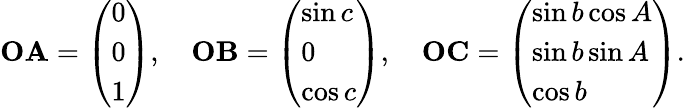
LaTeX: \mathbf{OA}={\left(\begin{array}{l}{0}\\ {0}\\ {1}\end{array}\right)},\quad\mathbf{OB}={\left(\begin{array}{l}{\sin c}\\ {0}\\ {\cos c}\end{array}\right)},\quad\mathbf{OC}={\left(\begin{array}{l}{\sin b\cos A}\\ {\sin b\sin A}\\ {\cos b}\end{array}\right)}.